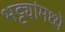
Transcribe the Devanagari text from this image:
भट्ट्यांमध्ये